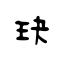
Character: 玦